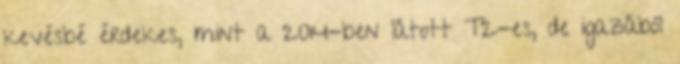
kevésbé érdekes, mint a 2014-ben látott T2-es, de igazából